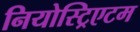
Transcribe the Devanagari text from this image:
नियोस्ट्रिएटम